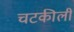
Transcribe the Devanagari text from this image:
चटकीली